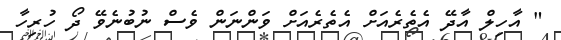
" އާހިލް އާދޭ އެތެރެއަށް އެތެރެއަށް ވަންނަން ވެސް ނުބުނެވޭ ދޯ ހުރިހާ